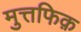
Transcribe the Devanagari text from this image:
मुत्तफिक़